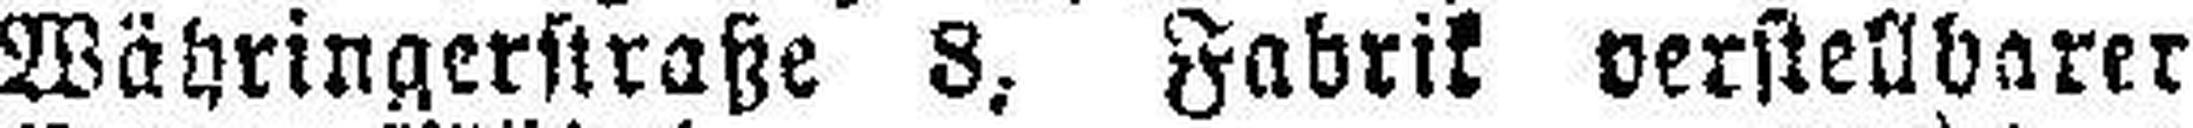
Währingerstraße 8, Fabrik verstellbarer